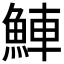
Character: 𬵒